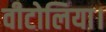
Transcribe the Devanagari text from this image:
वीटोलिया।